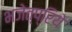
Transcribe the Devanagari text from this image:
भजेत्प्रिये